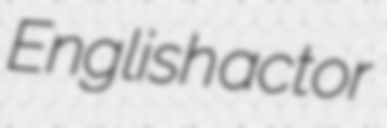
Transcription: English actor